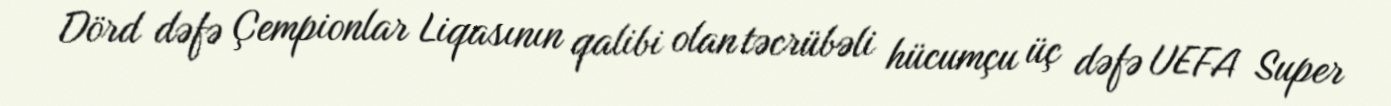
Dörd dəfə Çempionlar Liqasının qalibi olan təcrübəli hücumçu üç dəfə UEFA Super